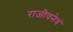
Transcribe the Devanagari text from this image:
राजीवनेत्रं